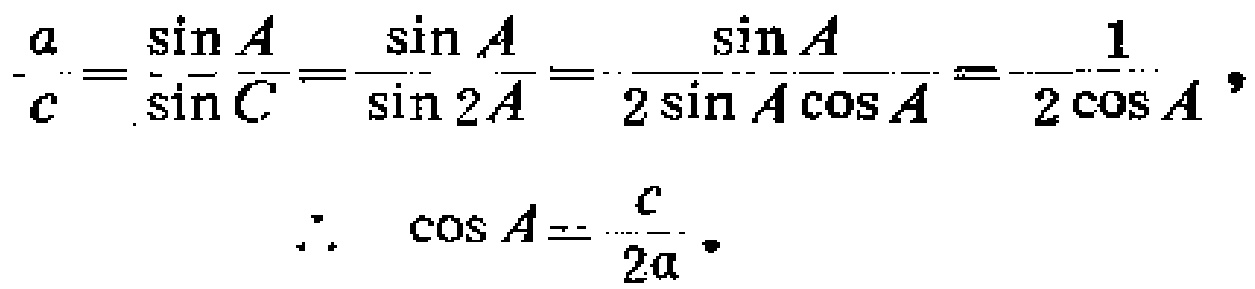
\[\frac{a}{c}=\frac{\sin A}{\sin C}=\frac{\sin A}{\sin 2A}=\frac{\sin A}{2\sin A\cos A}=\frac{1}{2\cos A},\]
\[\therefore\quad \cos A = \frac{c}{2a}.\]